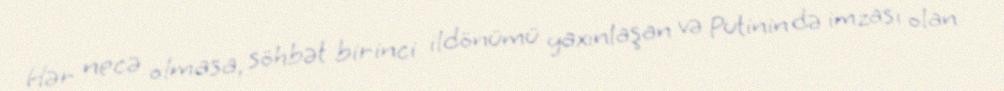
Hər necə olmasa, söhbət birinci ildönümü yaxınlaşan və Putinin də imzası olan